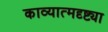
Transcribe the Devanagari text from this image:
काव्यात्मदृष्ट्या